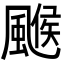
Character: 𩘋